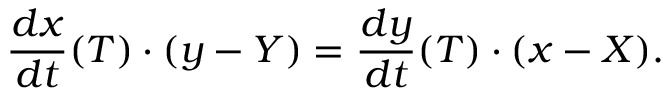
{ \frac { d x } { d t } } ( T ) \cdot ( y - Y ) = { \frac { d y } { d t } } ( T ) \cdot ( x - X ) .